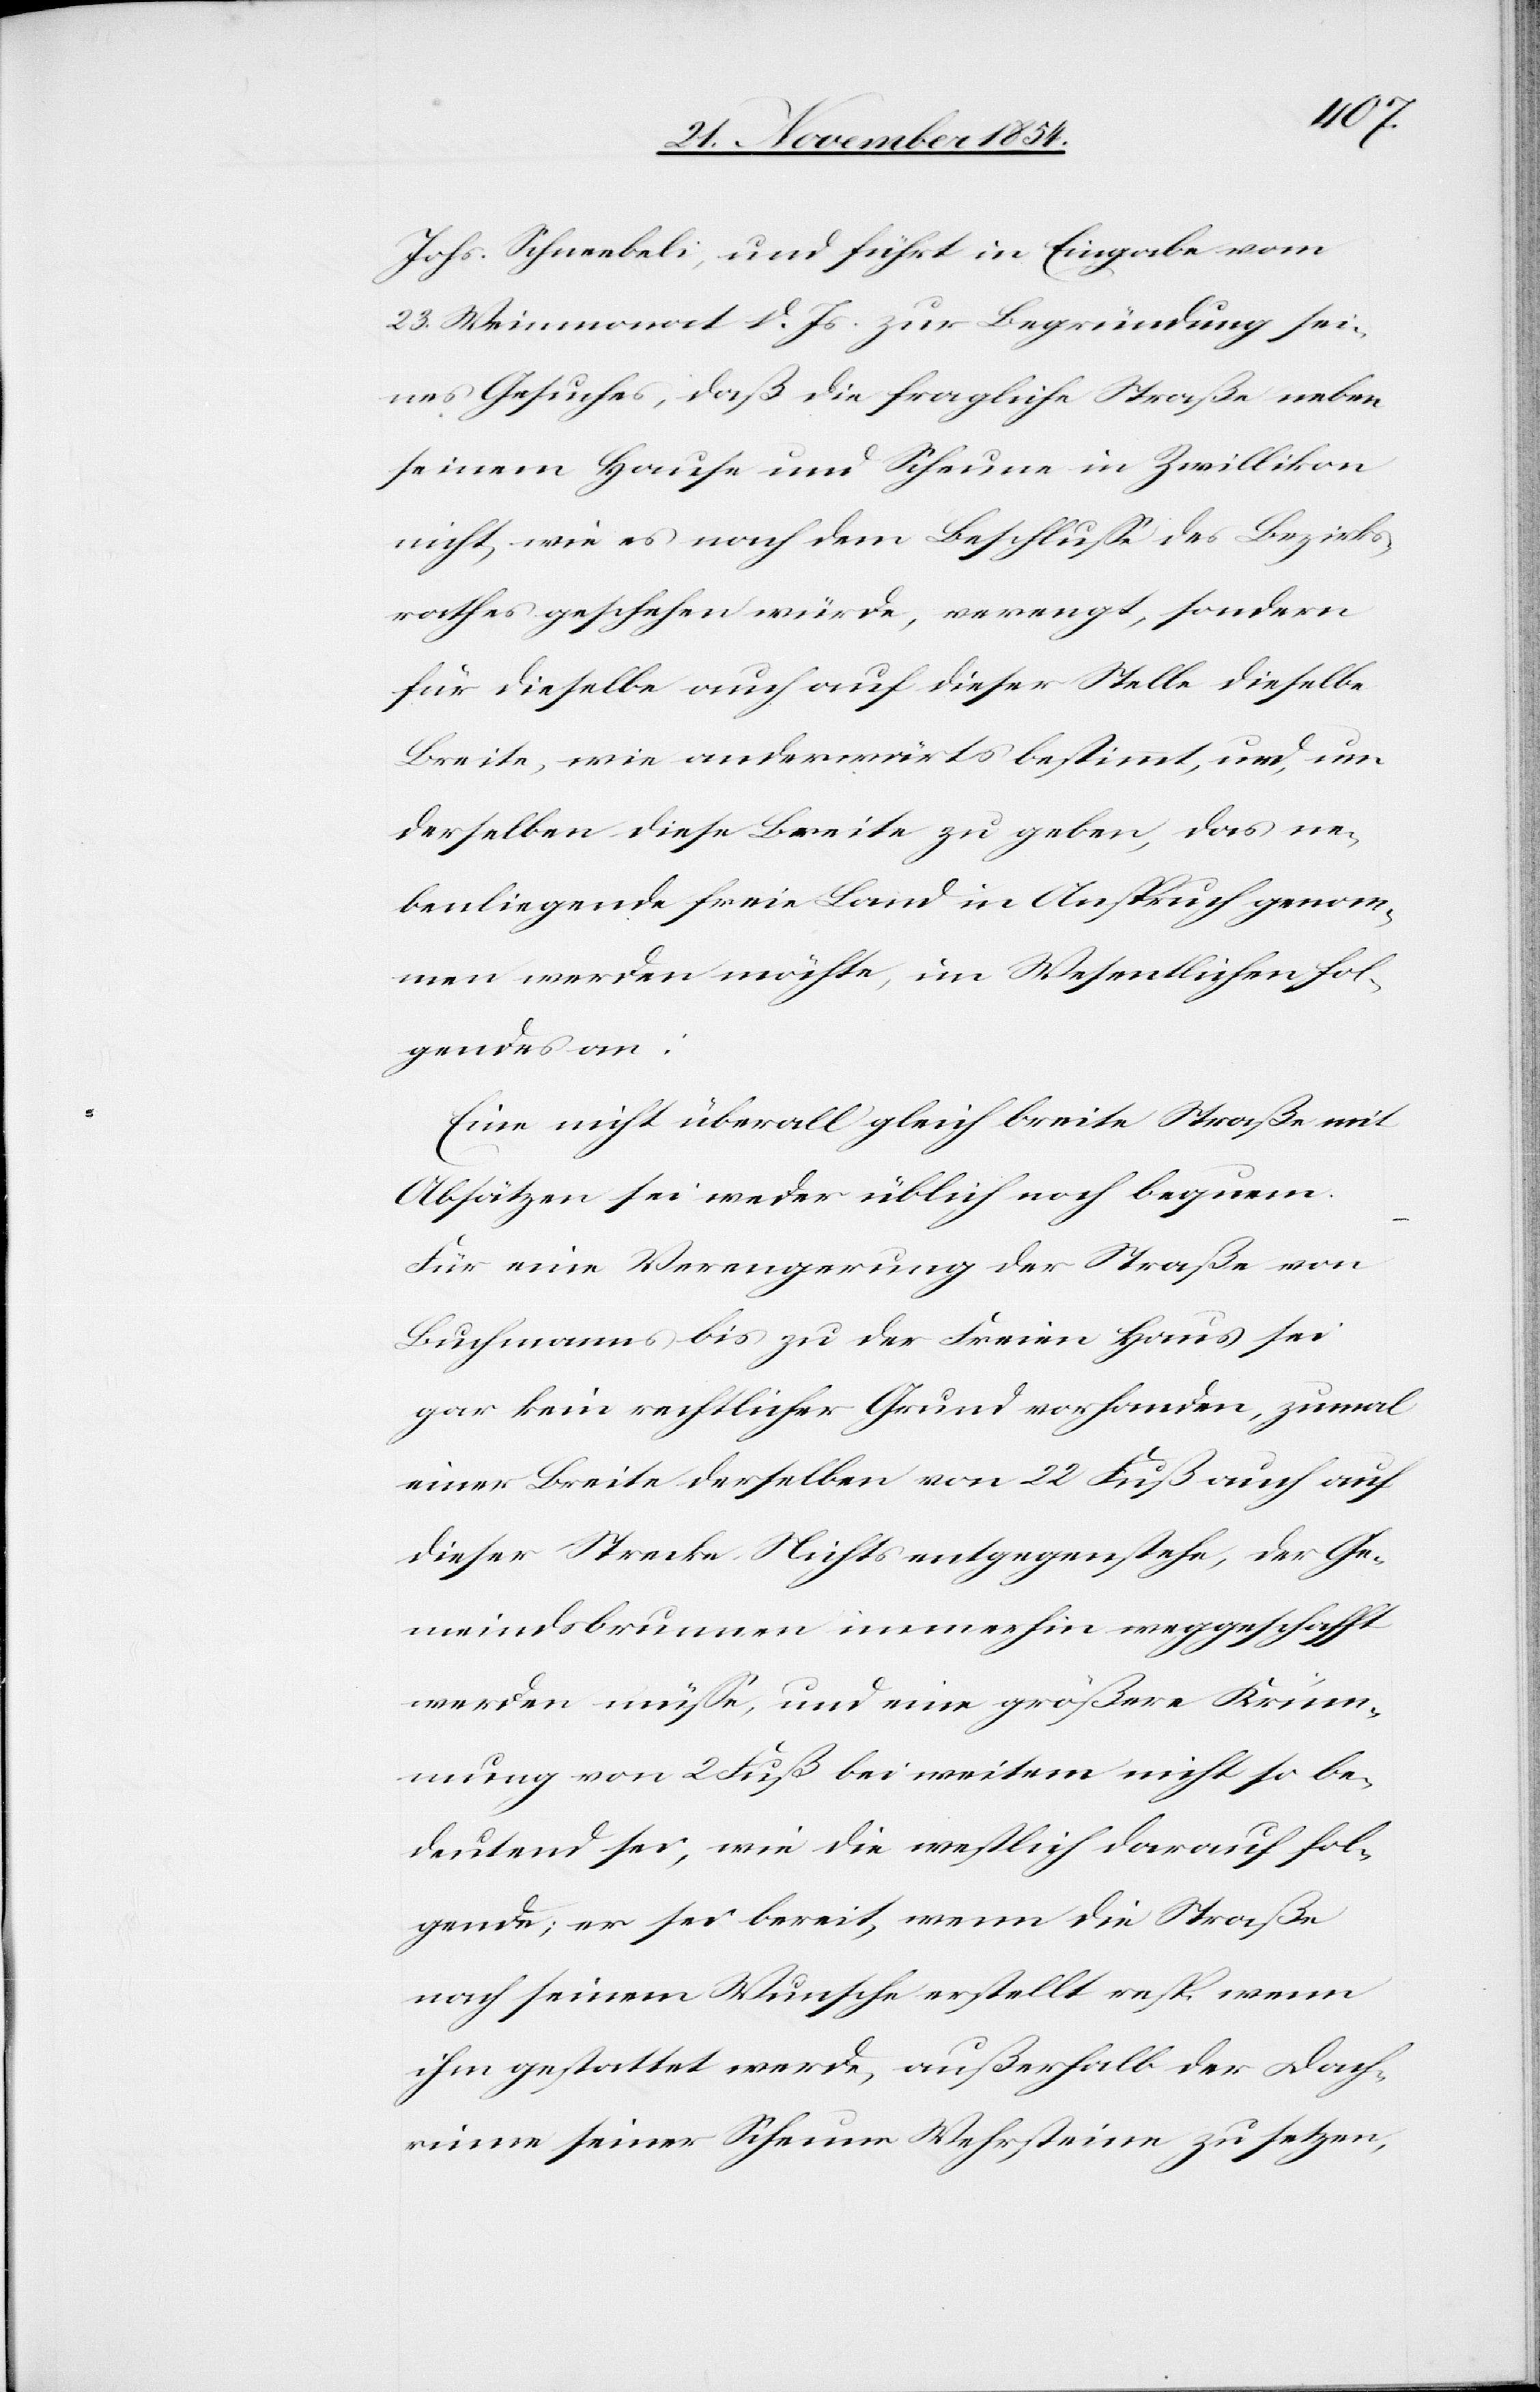
Johs. Schneebeli, und führt in Eingabe vom
23. Weinmonat d. Js. zur Begründung sei¬
nes Gesuches, daß die fragliche Straße neben
seinem Hause und Scheune in Zwillikon
nicht, wie es nach dem Beschluße des Bezirks¬
rathes geschehen würde, verengt, sondern
für dieselbe auch auf dieser Stelle dieselbe
Breite, wie anderwärts bestimmt, und, um
derselben diese Breite zu geben, das ne¬
benliegende freie Land in Anspruch genom¬
men werden möchte, im Wesentlichen fol¬
gendes an:
Eine nicht überall gleich breite Straße mit
Absätzen sei weder üblich noch bequem.
Für eine Verengung der Straße von
Buchmanns bis zu der Freien Haus sei
gar kein rechtlicher Grund vorhanden, zumal
einer Breite derselben von 22 Fuß auch auf
dieser Strecke Nichts entgegenstehe, der Ge¬
meindsbrunnen immerhin weggeschafft
werden müße, und eine größere Krüm¬
mung von 2 Fuß bei weitem nicht so be¬
deutend sei, wie die westlich darauf fol¬
gende; er sei bereit, wenn die Straße
nach seinem Wunsche erstellt resp. wenn
ihm gestattet werde, außerhalb der Dach¬
rinne seiner Scheune Wehrsteine zu setzen,